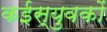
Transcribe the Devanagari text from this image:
कईस्युवकों